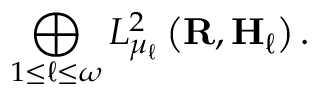
\bigoplus _ { 1 \leq \ell \leq \omega } L _ { \mu _ { \ell } } ^ { 2 } \left( \mathbf { R } , \mathbf { H } _ { \ell } \right) .